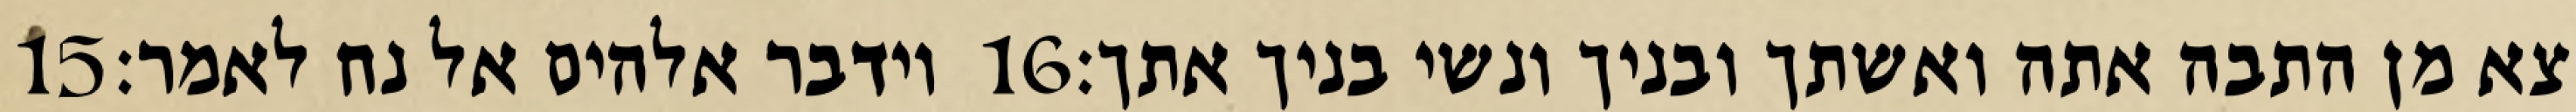
‎15‏ וידבר אלהים אל נח לאמר׃ ‎16‏ צא מן התבה אתה ואשתך ובניך ונשי בניך אתך׃